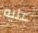
عليه